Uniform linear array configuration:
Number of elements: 64
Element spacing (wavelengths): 0.75
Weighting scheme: uniform
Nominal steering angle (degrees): -15
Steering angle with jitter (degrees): -16.751
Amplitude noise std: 0.05
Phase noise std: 0.05

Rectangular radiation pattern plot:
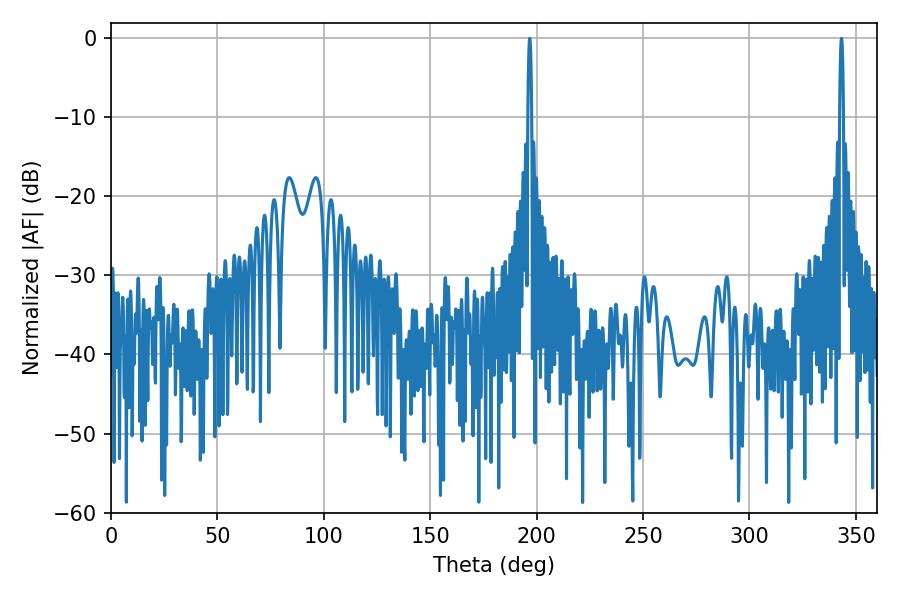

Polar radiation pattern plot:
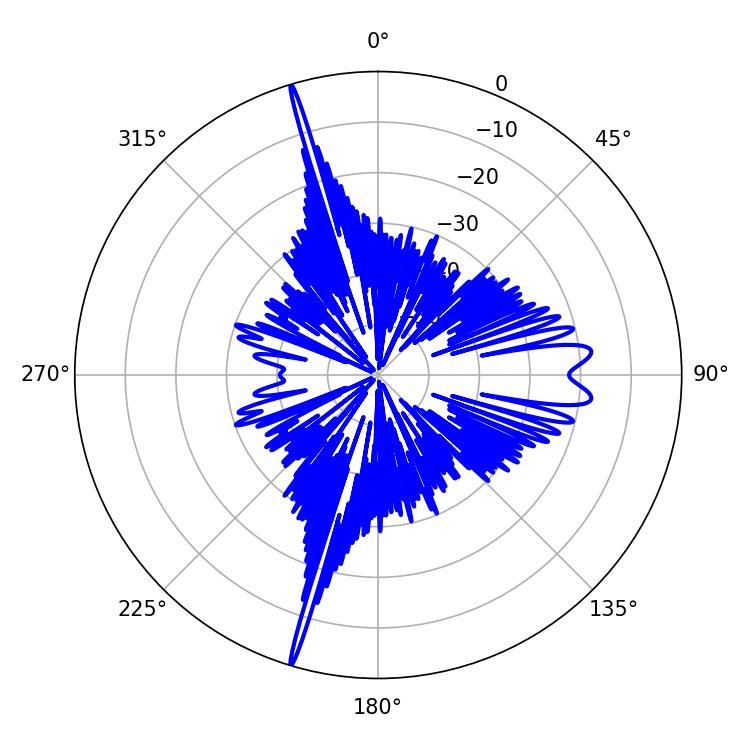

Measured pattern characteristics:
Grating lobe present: TRUE
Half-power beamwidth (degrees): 0.9
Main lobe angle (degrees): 196.74